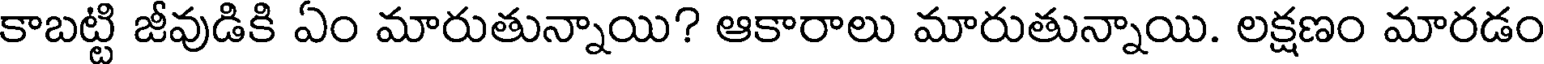
కాబట్టి జీవుడికి ఏం మారుతున్నాయి? ఆకారాలు మారుతున్నాయి. లక్షణం మారడం